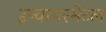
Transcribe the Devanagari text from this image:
इन्वायरमेंटल